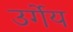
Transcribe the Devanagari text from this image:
उर्गेय